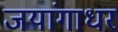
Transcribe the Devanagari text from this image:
जयांगाधर